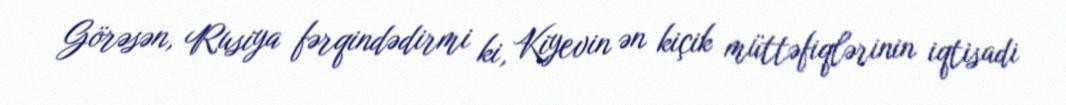
Görəsən, Rusiya fərqindədirmi ki, Kiyevin ən kiçik müttəfiqlərinin iqtisadi